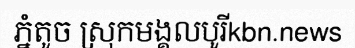
ភ្នំតូច ស្រុកមង្គលបូរីkbn.news